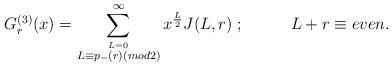
LaTeX: \begin{align*}G_r^{(3)}(x)=\sum^{\infty}_{\stackrel{L=0}{L\equiv p_{-}(r)(mod2)}}x^{\frac{L}{2}}J(L,r)\;;\;\;\;\;\;\;\;\;\;\;L+r\equiv even .\end{align*}